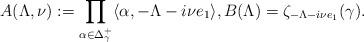
LaTeX: \begin{align*} A(\Lambda, \nu) := \prod_{\alpha \in \Delta_\gamma^+} \langle \alpha, -\Lambda-i \nu e_1\rangle, B(\Lambda) = \zeta_{-\Lambda - i \nu e_1} (\gamma). \end{align*}